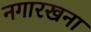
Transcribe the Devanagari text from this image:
नगारखना